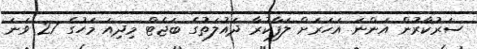
ސަރުކާރުން އަންނަ އަހަރަށް ލަފާކުރާ ދައުލަތުގެ ބަޖެޓް މިދިއަ މަހުގެ 27 ވަނަ